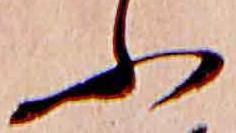
ふ